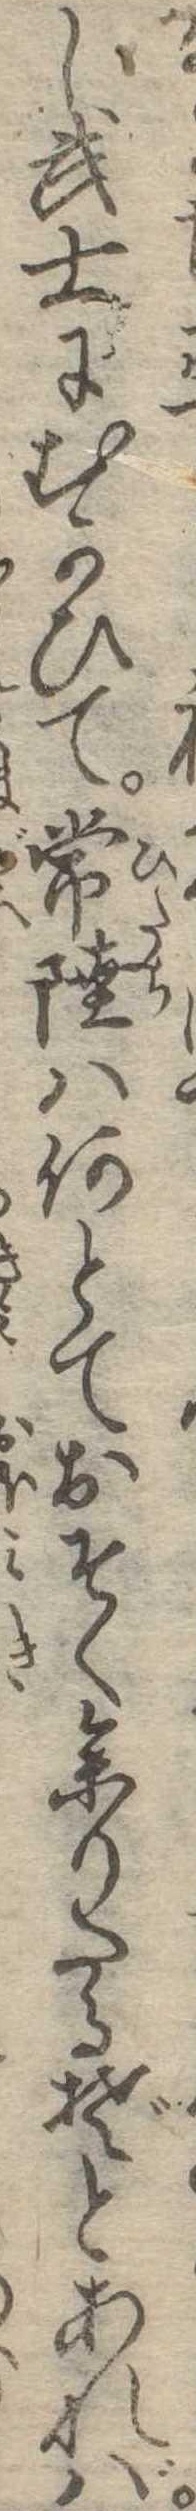
し武士にむかひて常陸は何とておそく参りたるぞとあれば